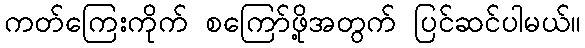
ကတ်ကြေးကိုက် စကြော်ဖို့အတွက် ပြင်ဆင်ပါမယ်။